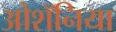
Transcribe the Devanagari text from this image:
ओशॅनिया